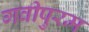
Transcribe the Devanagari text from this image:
गवीपुरम